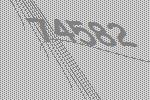
74582